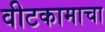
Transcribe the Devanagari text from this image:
वीटकामाचा